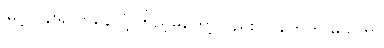
မြင့်လွန်းရာကနေ ငုံ့ကြည့်မိတော့လည်း လူတွေကို မသဲကွဲ။